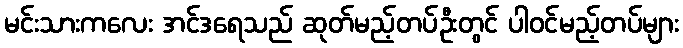
မင်းသားကလေး အင်ဒရေသည် ဆုတ်မည့်တပ်ဦးတွင် ပါဝင်မည့်တပ်များ